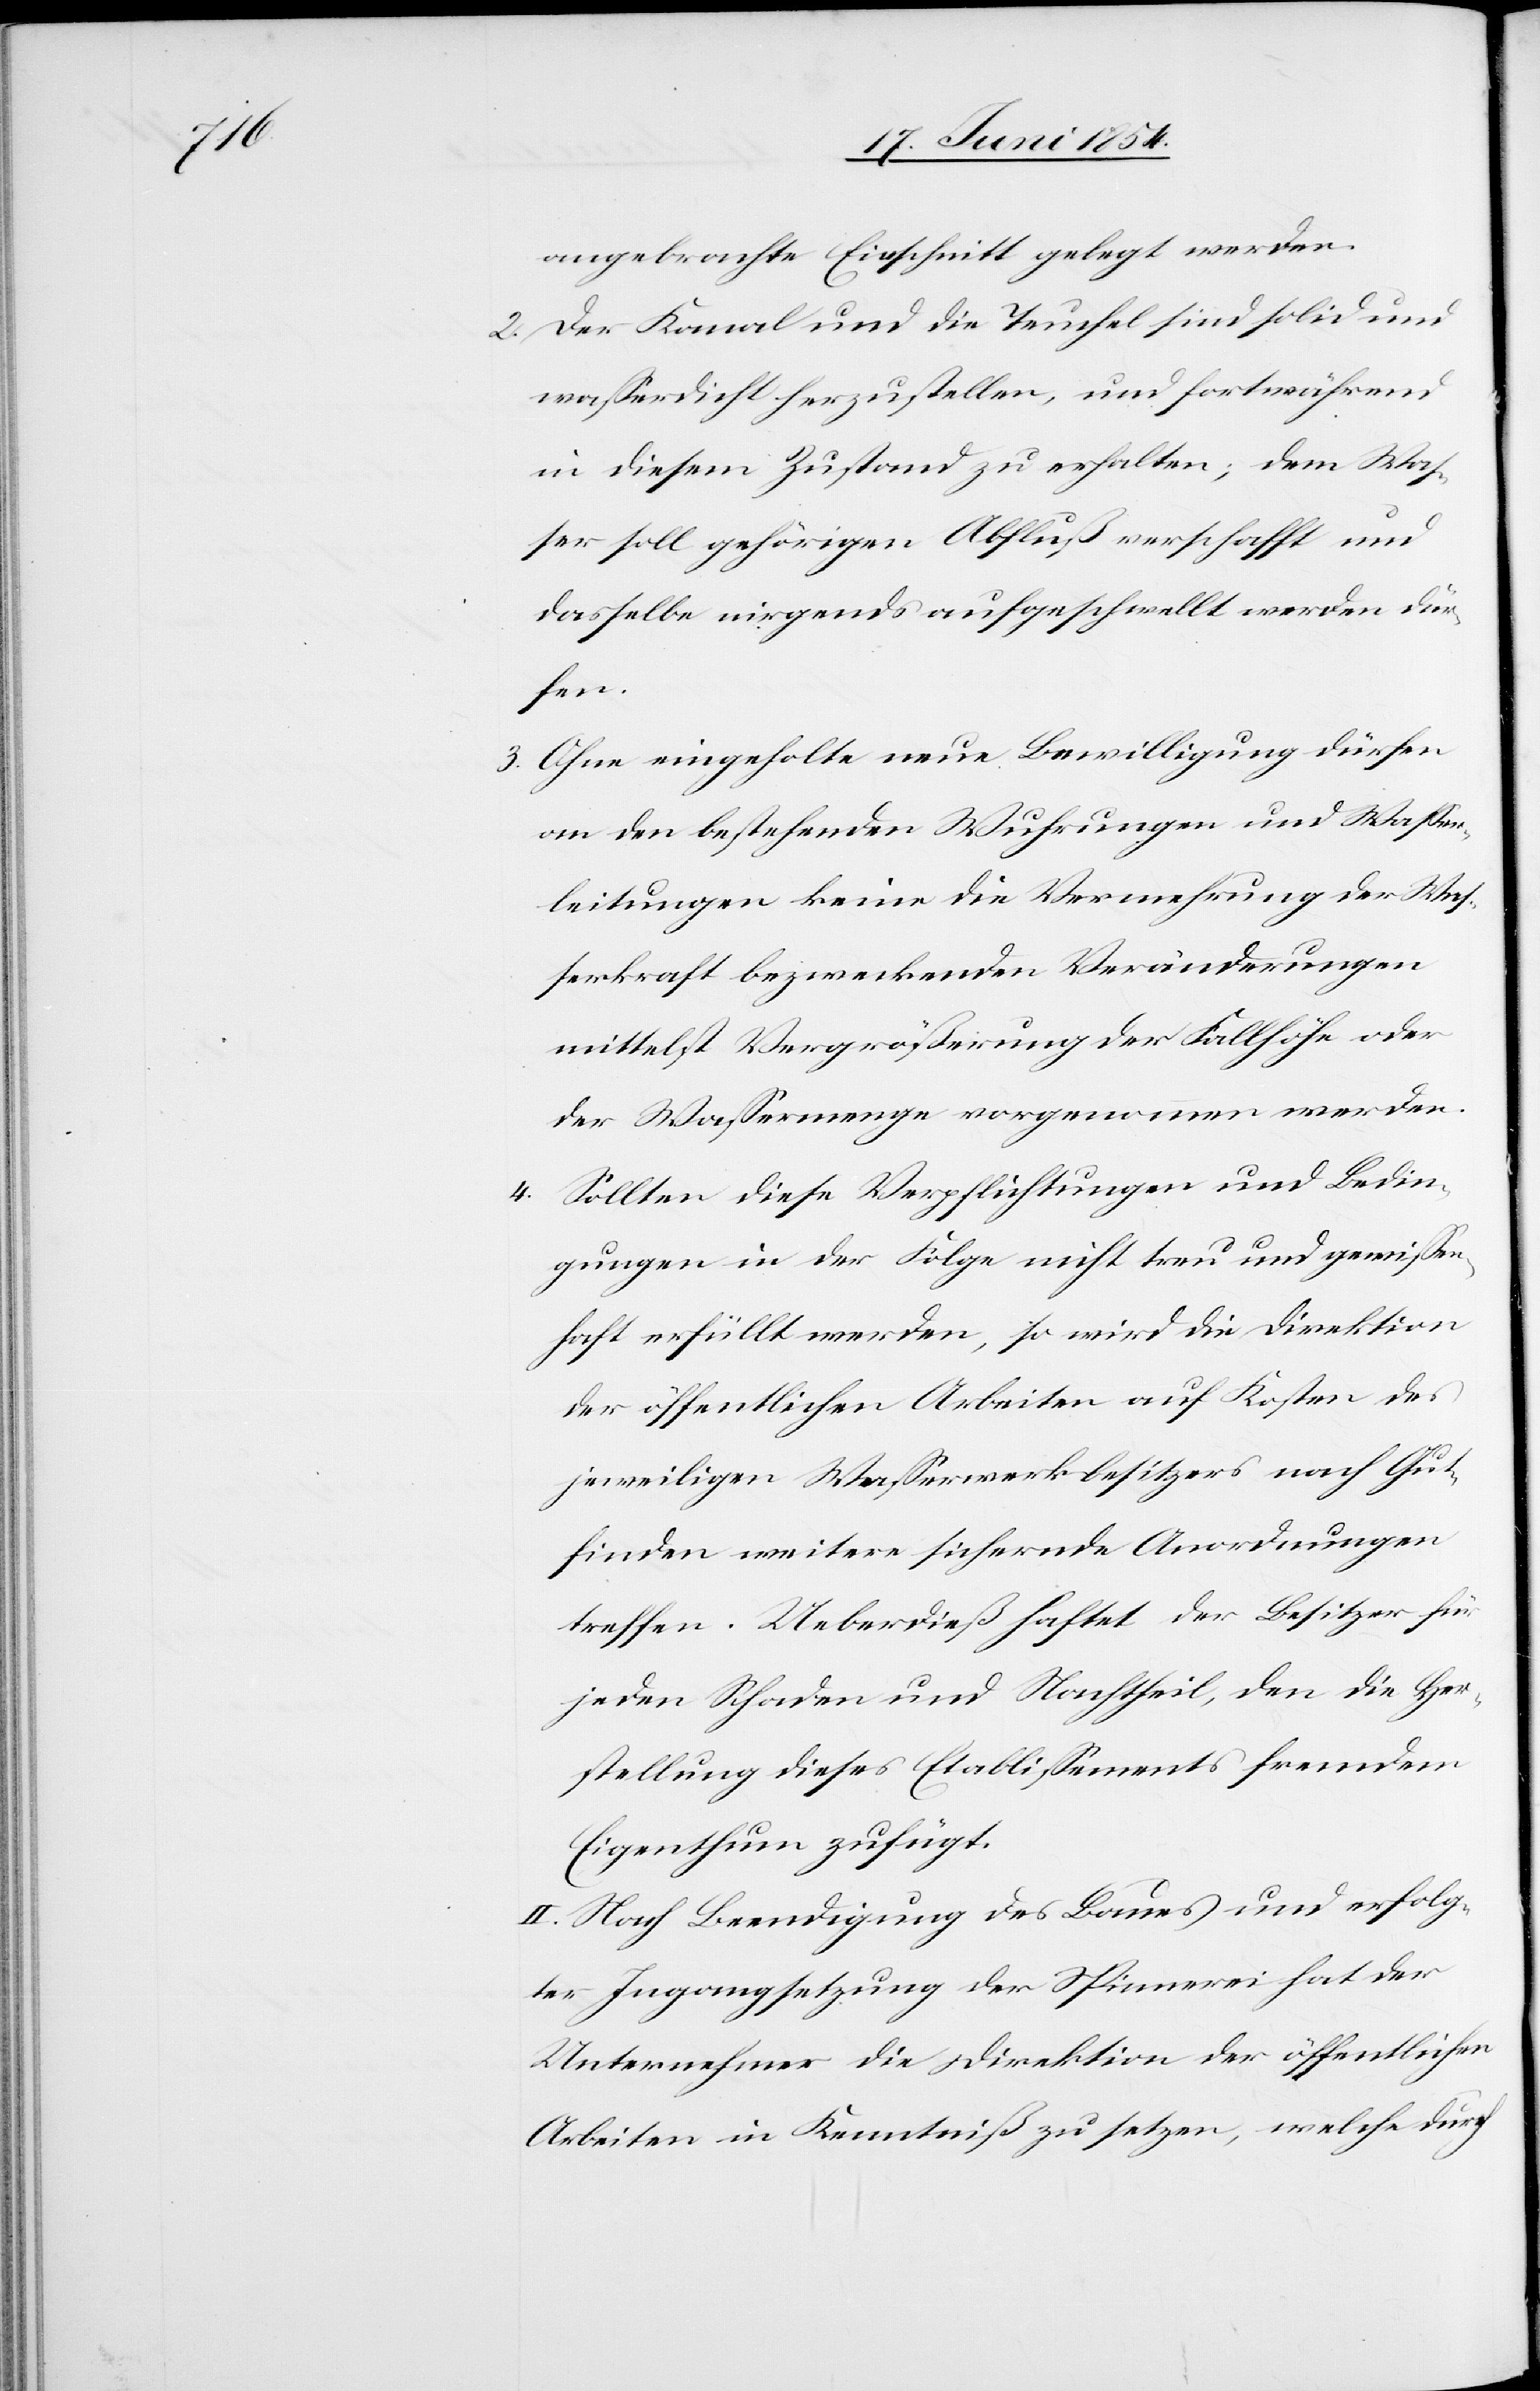
4.

angebrachte Einschnitt gelegt werden.
2. Der Kanal und die Teuchel sind solid und
waßerdicht herzustellen, und fortwährend
in diesem Zustand zu erhalten; dem Waß¬
er soll gehörigen Abfluß verschafft und
dasselbe nirgends aufgeschwellt werden dür¬
fen.
3. Ohne eingeholte neue Bewilligung dürfen
an den bestehenden Wuhrungen und Waßer¬
leitungen keine die Vermehrung der Waß¬
erkraft bezweckenden Veränderungen
mittelst Vergrößerung der Fallhöhe oder
der Waßermenge vorgenommen werden.
Sollten diese Verpflichtungen und Bedin¬
gungen in der Folge nicht treu und gewißen¬
haft erfüllt werden, so wird die Direktion
der öffentlichen Arbeiten auf Kosten des
jeweiligen Waßerwerkbesitzers nach Gut¬
finden weitere sichernde Anordnungen
treffen. Ueberdieß haftet der Besitzer für
jeden Schaden und Nachtheil, den die Her¬
stellung dieses Etablißements fremdem
Eigenthum zufügt.
II. Nach Beendigung des Baues und erfolg¬
ter Ingangsetzung der Spinnerei hat der
Unternehmer die Direktion der öffentlichen
Arbeiten in Kenntniß zu setzen, welche durch